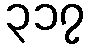
၃၁၇